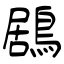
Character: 鶋